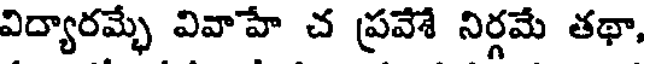
విద్యారమ్భే వివాహే చ ప్రవేశే నిర్గమే తథా,